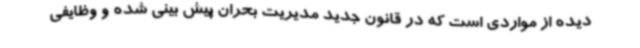
دیده از مواردی است که در قانون جدید مدیریت بحران پیش بینی شده و وظایفی